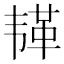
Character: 𫠅